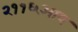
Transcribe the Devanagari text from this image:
२११६आय